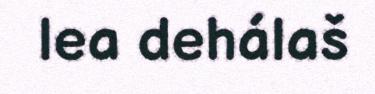
lea dehálaš